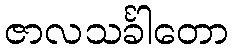
ဇာလသင်္ခါတော